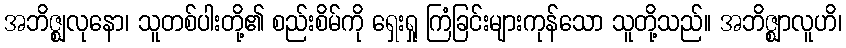
အဘိဇ္ဈလုနော၊ သူတစ်ပါးတို့၏ စည်းစိမ်ကို ရှေးရှု ကြံခြင်းများကုန်သော သူတို့သည်။ အဘိဇ္ဈာလူဟိ၊